Annual statistical returns and brief notes on vaccination in Bengal - 1909-1929
Year: 1909
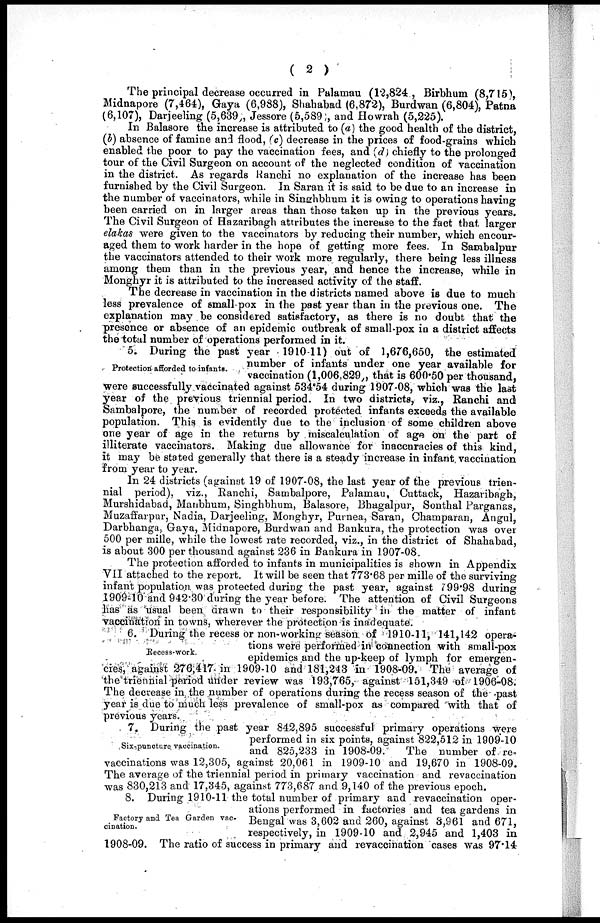
( 2 )
The principal decrease occurred in Palamau (12,824), Birbhum (8,715),
Midnapore (7,464), Gaya (6,988), Shahabad (6,872), Burdwan (6,804), Patna
(6,107), Darjeeling (5,639), Jessore (5,589), and Howrah (5,225).
In Balasore the increase is attributed to (a) the good health of the district,
(b) absence of famine and flood, (c) decrease in the prices of food-grains which
enabled the poor to pay the vaccination fees, and (d) chiefly to the prolonged
tour of the Civil Surgeon on account of the neglected condition of vaccination
in the district. As regards Ranchi no explanation of the increase has been
furnished by the Civil Surgeon. In Saran it is said to be due to an increase in
the number of vaccinators, while in Singhbhum it is owing to operations having
been carried on in larger areas than those taken up in the previous years.
The Civil Surgeon of Hazaribagh attributes the increase to the fact that larger
elakas were given to the vaccinators by reducing their number, which encour-
aged them to work harder in the hope of getting more fees. In Sambalpur
the vaccinators attended to their work more regularly, there being less illness
among them than in the previous year, and hence the increase, while in
Monghyr it is attributed to the increased activity of the staff.
The decrease in vaccination in the districts named above is due to much
less prevalence of small-pox in the past year than in the previous one. The
explanation may be considered satisfactory, as there is no doubt that the
presence or absence of an epidemic outbreak of small-pox in a district affects
the total number of operations performed in it.
Protection afforded to infants.
5. During the past year 1910-11) out of 1,676,650, the estimated
number of infants under one year available for
vaccination (1,006.829), that is 600.50 per thousand,
were successfully vaccinated against 534.54 during 1907-08, which was the last
year of the previous triennial period. In two districts, viz., Ranchi and
Sambalpore, the number of recorded protected infants exceeds the available
population. This is evidently due to the inclusion of some children above
one year of age in the returns by miscalculation of age on the part of
illiterate vaccinators. Making due allowance for inaccuracies of this kind,
it may be stated generally that there is a steady increase in infant vaccination
from year to year.
In 24 districts (against 19 of 1907-08, the last year of the previous trien-
nial period), viz., Ranchi, Sambalpore, Palamau, Cuttack, Hazaribagh,
Murshidabad, Manbhum, Singhbhum, Balasore, Bhagalpur, Sonthal Parganas,
Muzaffarpur, Nadia, Darjeeling, Monghyr, Purnea, Saran, Champaran, Angul,
Darbhanga, Gaya, Midnapore, Burdwan and Bankura, the protection was over
500 per mille, while the lowest rate recorded, viz., in the district of Shahabad,
is about 300 per thousand against 236 in Bankura in 1907-08.
The protection afforded to infants in municipalities is shown in Appendix
VII attached to the report. It will be seen that 773.68 per mille of the surviving
infant population was protected during the past year, against 799.98 during
1909-10 and 942.30 during the year before. The attention of Civil Surgeons
has as usual been drawn to their responsibility in the matter of infant
vaccination in towns, wherever the protection is inadequate.
Recess-work.
6. During the recess or non-working season of 1910-11, 141,142 opera-
tions were performed in connection with small-pox
epidemics and the up-keep of lymph for emergen-
cies, against 276,417 in 1909-10 and 181,243 in 1908-09. The average of
the triennial period under review was 193,765, against 151,349 of 1906-08.
The decrease in the number of operations during the recess season of the past
year is due to much less prevalence of small-pox as compared with that of
previous years.
Six-puncture vaccination.
7. During the past year 842,895 successful primary operations were
performed in six points, against 822,512 in 1909-10
and 825,233 in 1908-09.
The number of re-
vaccinations was 12,305, against 20,061 in 1909-10 and 19,670 in 1908-09.
The average of the triennial period in primary vaccination and revaccination
was 830,213 and 17,345, against 773,687 and 9,140 of the previous epoch.
Factory and Tea Garden vac-
cination.
8. During 1910-11 the total number of primary and revaccination oper-
ations performed in factories and tea gardens in
Bengal was 3,602 and 260, against 3,961 and 671,
respectively, in 1909-10 and 2,945 and 1,403 in
1908-09. The ratio of success in primary and revaccination cases was 97.14